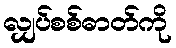
လျှပ်စစ်ဓာတ်ကို